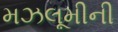
મઝલૂમીની